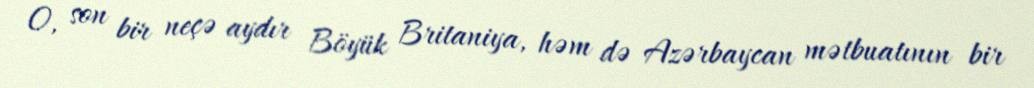
O, son bir neçə aydır Böyük Britaniya, həm də Azərbaycan mətbuatının bir